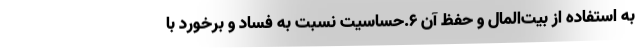
به استفاده از بیت‌المال و حفظ آن ۶.حساسیت نسبت به فساد و برخورد با